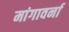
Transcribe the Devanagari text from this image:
मांगावर्ना